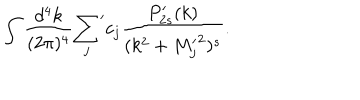
\int { \frac { d ^ { 4 } k } { ( 2 \pi ) ^ { 4 } } } { \sum _ { j } } ^ { \prime } c _ { j } { \frac { P _ { 2 s } ^ { \prime } ( k ) } { ( k ^ { 2 } + { M _ { j } ^ { \prime } } ^ { 2 } ) ^ { s } } } .